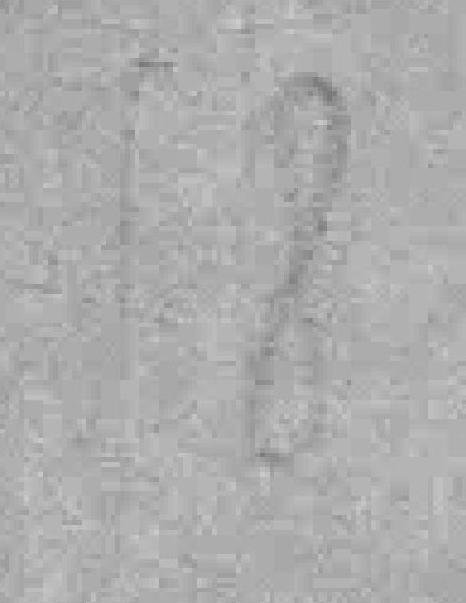
18